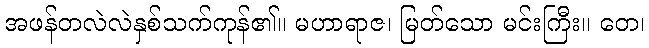
အဖန်တလဲလဲနှစ်သက်ကုန်၏။ မဟာရာဇ၊ မြတ်သော မင်းကြီး။ တေ၊